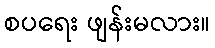
စပရေး ဖျန်းမလား။